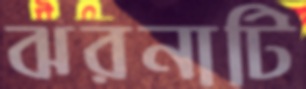
ঝরনাটি